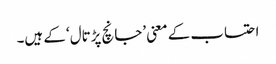
احتساب کے معنی ’جانچ پڑتال‘ کے ہیں۔